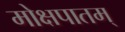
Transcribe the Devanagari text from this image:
मोक्षपातम्